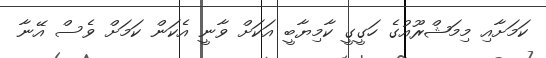
ކަމަށާއި މިމަޝްރޫއުގެ ހަގީގީ ކާމިޔާބީ އަކަށް ވާނީ އެކަން ކަމަށް ވެސް އޭނާ